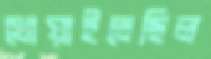
খোয়াইতেছিল